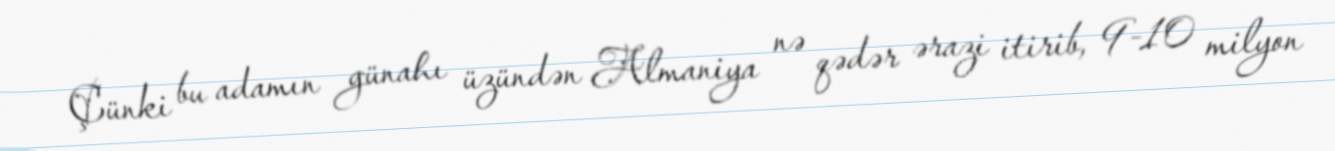
Çünki bu adamın günahı üzündən Almaniya nə qədər ərazi itirib, 9-10 milyon